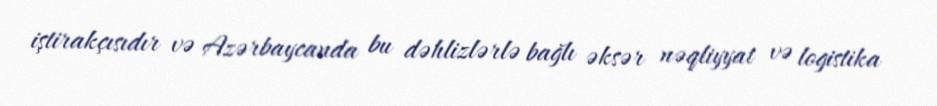
iştirakçısıdır və Azərbaycanda bu dəhlizlərlə bağlı əksər nəqliyyat və logistika